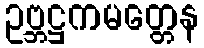
ဥဗ္ဘဋ္ဌကမတ္တေန